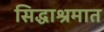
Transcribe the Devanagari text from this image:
सिद्धाश्रमात